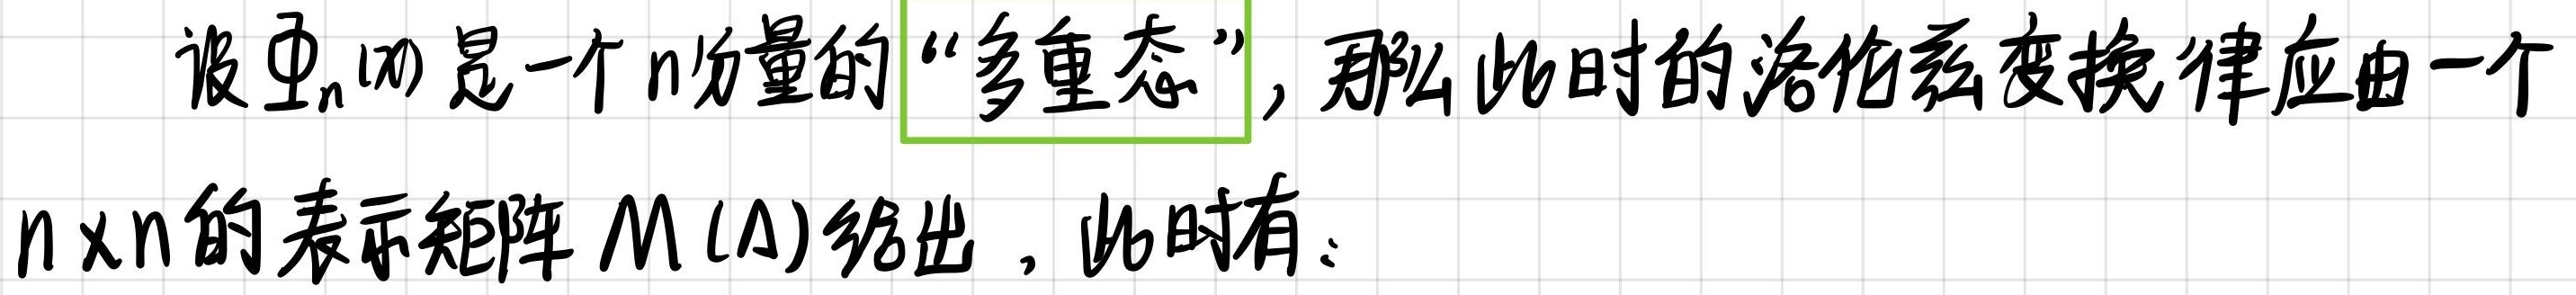
设$\Psi_n(x)$是一个$n$分量的“多重态”，那么此时的洛伦兹变换律应由一个$n\times n$的表示矩阵$M(\Lambda)$给出，此时有：